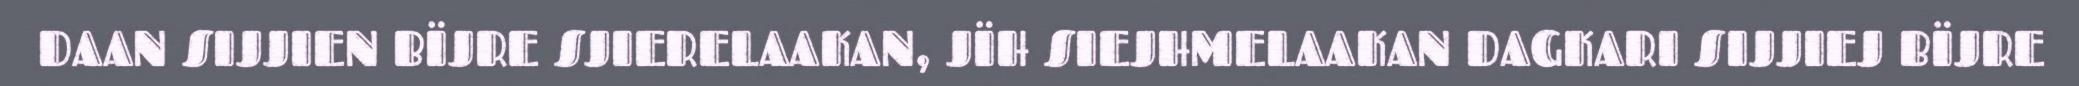
DAAN SIJJIEN BÏJRE SJIERELAAKAN, JÏH SIEJHMELAAKAN DAGKARI SIJJIEJ BÏJRE